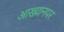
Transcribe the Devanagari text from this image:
आख्यानपर